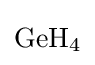
{\mathrm {GeH} {\vphantom {A}}_{\smash[{t}]{4}}}